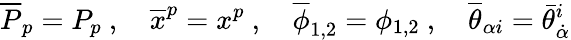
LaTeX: \overline{{P}}_{p}=P_{p}\ ,\quad\overline{{x}}^{p}=x^{p}\ ,\quad\overline{{\phi}}_{1,2}=\phi_{1,2}\ ,\quad\overline{{\theta}}_{\alpha i}=\bar{\theta}_{\dot{\alpha}}^{i}